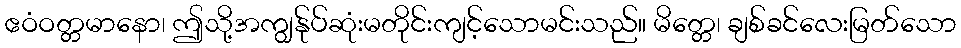
ဧဝံဝတ္တမာနော၊ ဤသို့အကျွန်ုပ်ဆုံးမတိုင်းကျင့်သောမင်းသည်။ မိတ္တေ၊ ချစ်ခင်လေးမြတ်သော